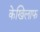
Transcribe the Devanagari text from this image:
केखिलाफ